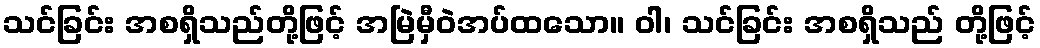
သင်ခြင်း အစရှိသည်တို့ဖြင့် အမြဲမှီဝဲအပ်ထသော။ ဝါ၊ သင်ခြင်း အစရှိသည် တို့ဖြင့်